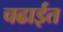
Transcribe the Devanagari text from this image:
चढाईत